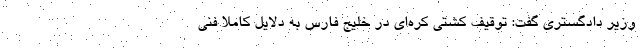
وزیر دادگستری گفت: توقیف کشتی کره‌ای در خلیج فارس به دلایل کاملا فنی